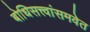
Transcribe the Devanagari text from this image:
बोधिसत्त्वांसमवेत